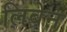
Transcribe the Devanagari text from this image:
लिबेऩ